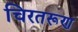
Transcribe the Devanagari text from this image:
चिरतरूण